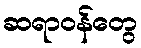
ဆရာဝန်တွေ